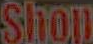
Shop